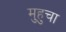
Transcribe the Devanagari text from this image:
मुहुचा